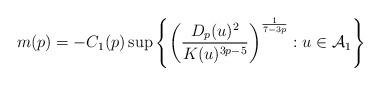
LaTeX: \begin{align*}m(p)=-C_{1}(p)\sup\left\{ \left(\frac{D_{p}(u)^{2}}{K(u)^{3p-5}}\right)^{\frac{1}{7-3p}}:u\in{\cal A}_{1}\right\} \end{align*}